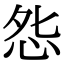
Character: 𭜥